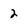
Character: 2